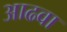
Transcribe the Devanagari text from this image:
आढवा